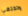
وتختفي